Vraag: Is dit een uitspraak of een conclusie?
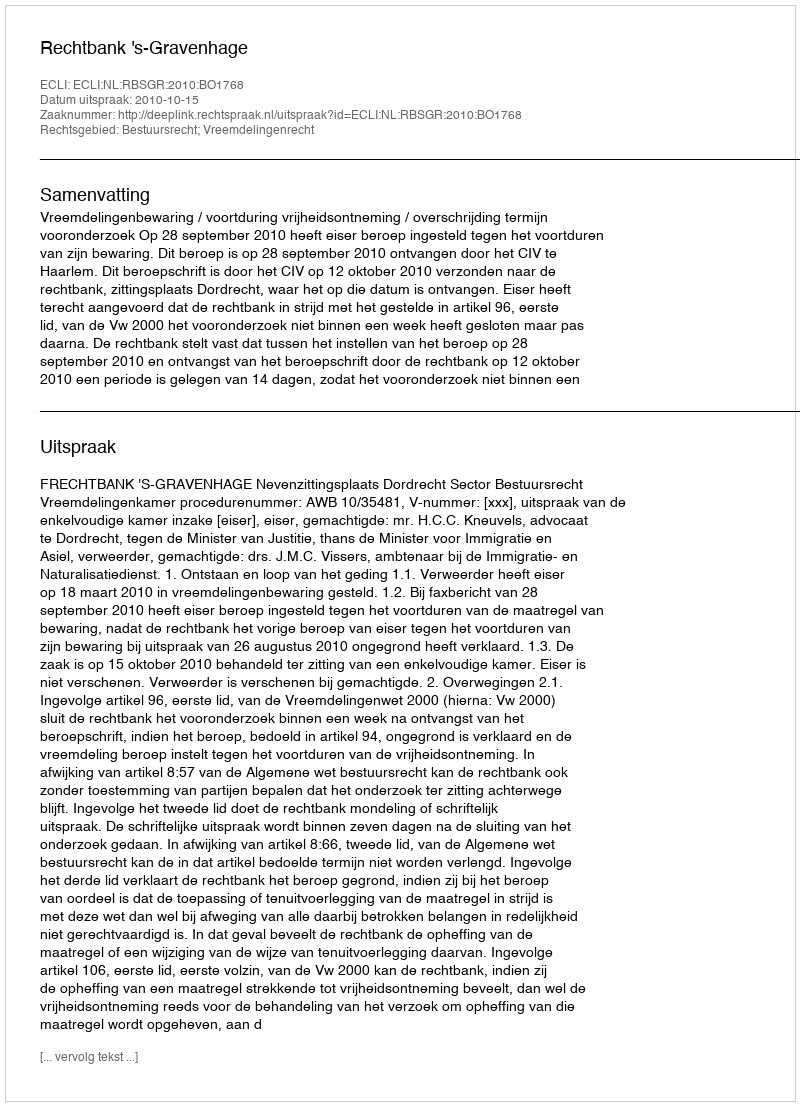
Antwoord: Uitspraak